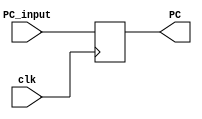
`timescale 1ns / 1ns

module Program_Counter (clk,PC_input, PC);
input clk;
output reg [31:0] PC;
input [31:0] PC_input;

initial begin
 PC = 32'd0;
end
always@(posedge clk)
begin
    PC = PC_input;
end
endmodule